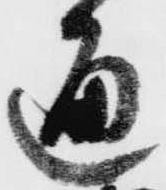
通